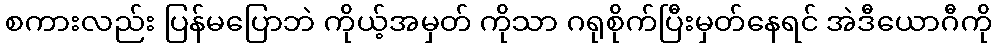
စကားလည်း ပြန်မပြောဘဲ ကိုယ့်အမှတ် ကိုသာ ဂရုစိုက်ပြီးမှတ်နေရင် အဲဒီယောဂီကို